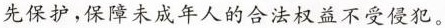
先保护，保障未成年人的合法权益不受侵犯。